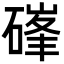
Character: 𮀷